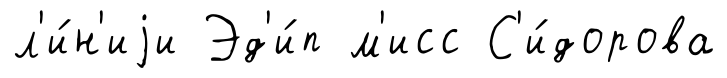
л'и́н'иjи Эд'и́п м'исс С'и́дорова